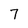
Character: 7